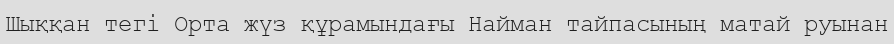
Шыққан тегі Орта жүз құрамындағы Найман тайпасының матай руынан